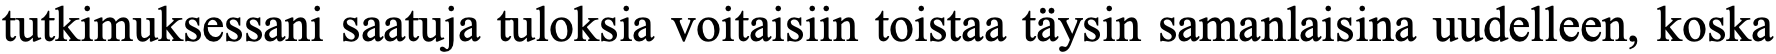
tutkimuksessani saatuja tuloksia voitaisiin toistaa täysin samanlaisina uudelleen, koska